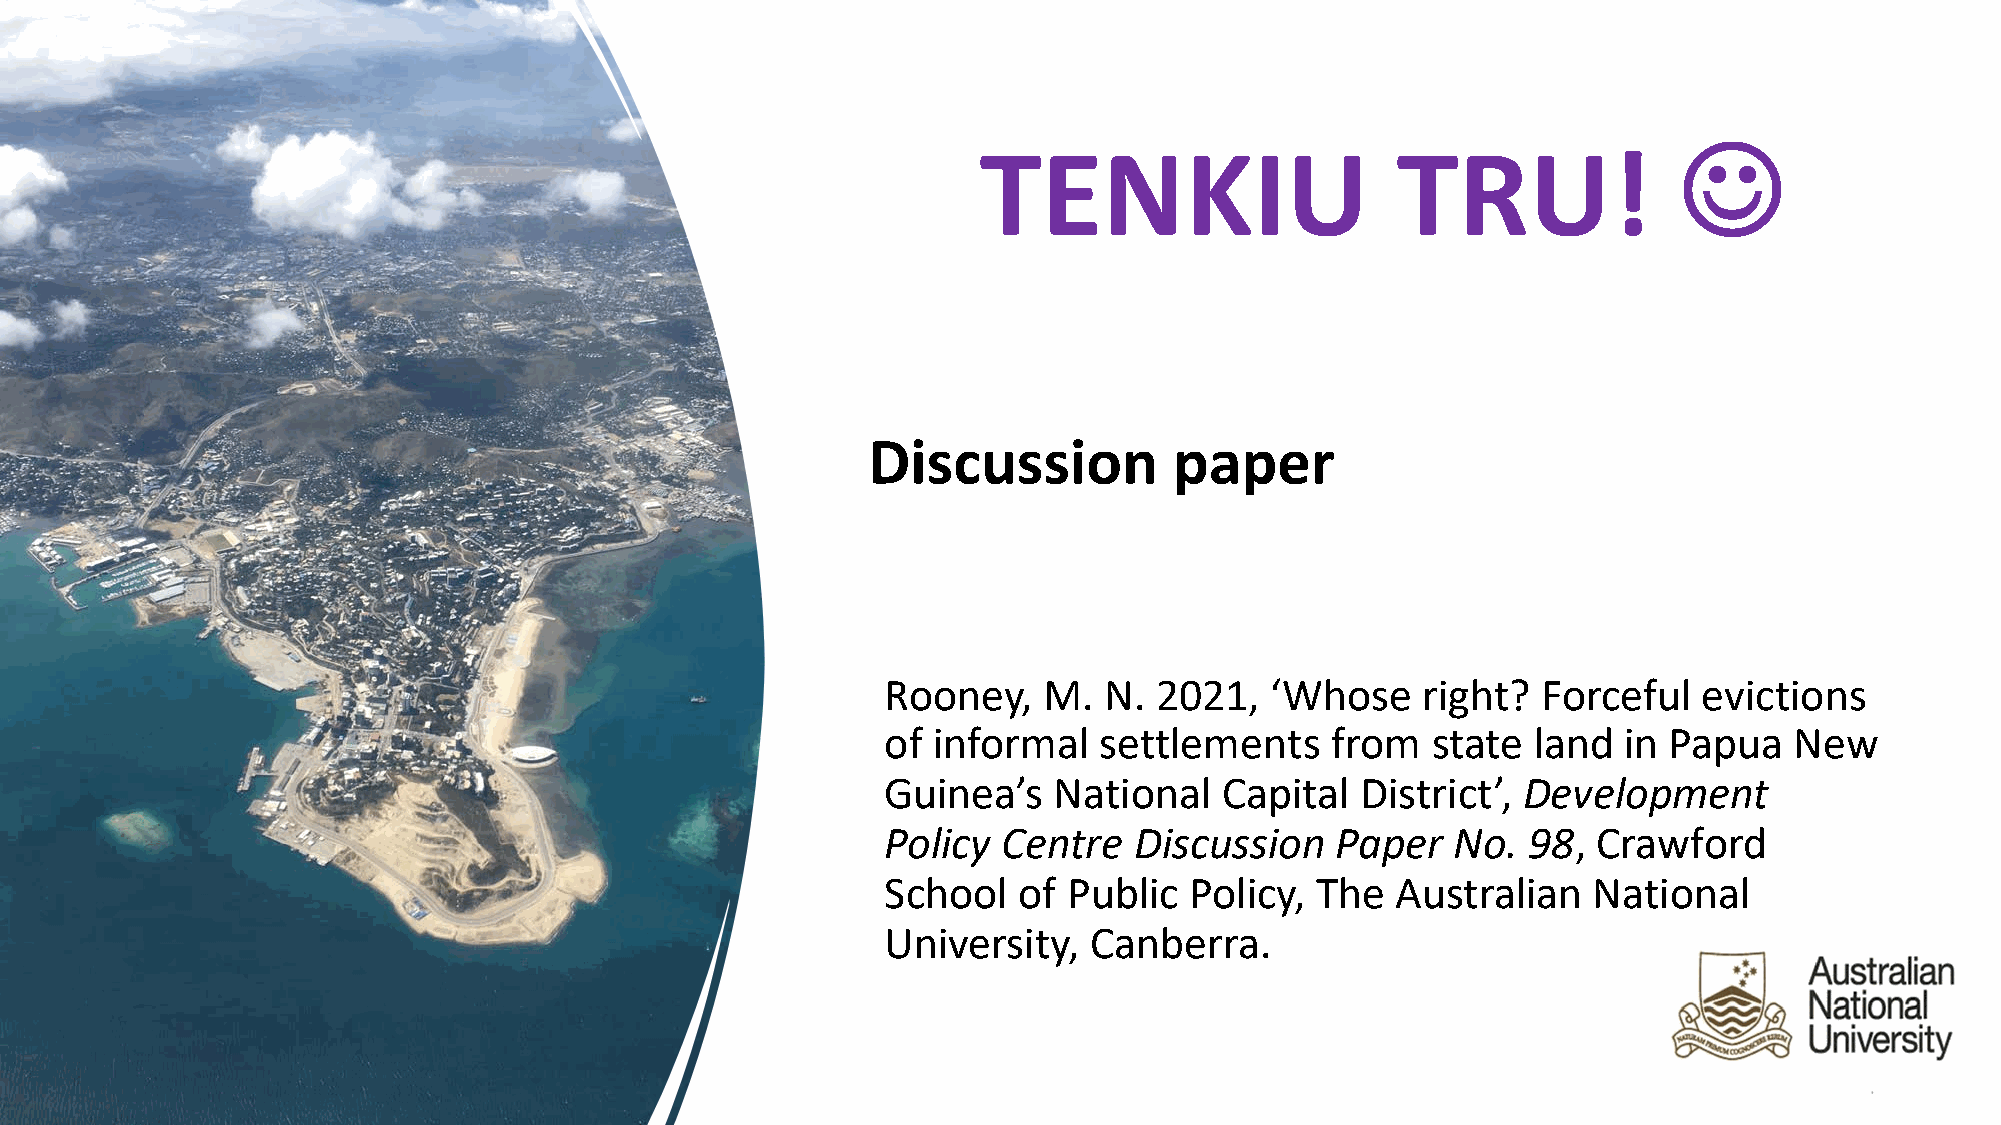
J
 TENKIU                     TRU!
 Discussion           paper
 Rooney,   M.  N. 2021,   ‘Whose    right?  Forceful   evictions
 of informal   settlements    from   state land  in Papua    New
 Guinea’s   National   Capital  District’, Development
 Policy Centre   Discussion   Paper   No.  98,  Crawford
 School  of  Public  Policy, The  Australian   National
 University,  Canberra.